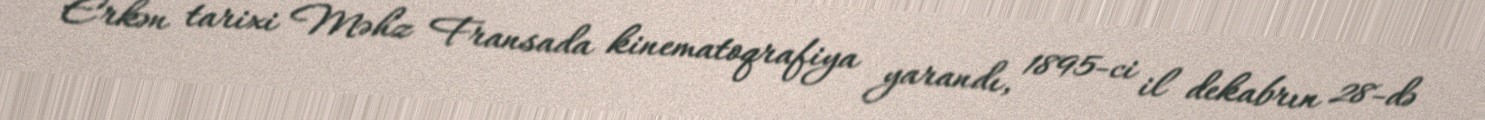
Erkən tarixi Məhz Fransada kinematoqrafiya yarandı, 1895-ci il dekabrın 28-də